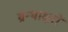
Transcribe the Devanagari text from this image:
ग्रन्थाक्षरों